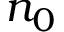
n _ { 0 }